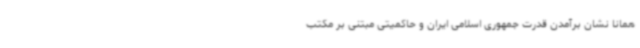
همانا نشان برآمدن قدرت جمهوری اسلامی ایران و حاکمیتی مبتنی بر مکتب